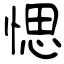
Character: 愢